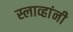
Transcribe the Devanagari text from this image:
स्लाव्हांनी